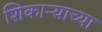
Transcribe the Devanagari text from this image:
शिकाऱ्याच्या